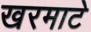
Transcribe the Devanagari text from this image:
खरमाटे